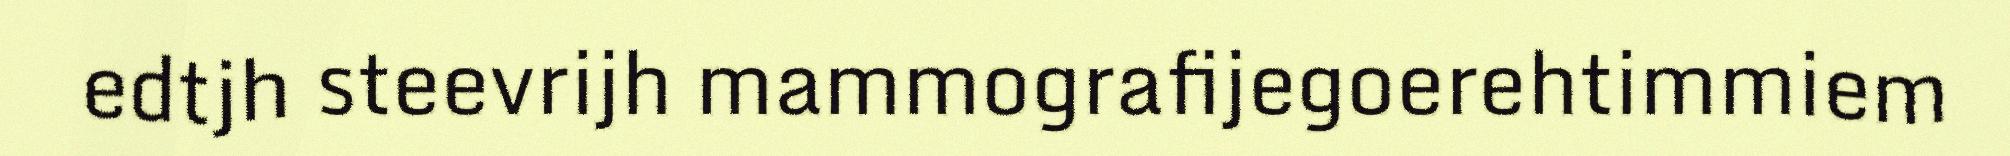
edtjh steevrijh mammografijegoerehtimmiem